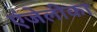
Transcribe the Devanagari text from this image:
एंजेलीका